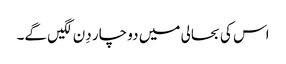
اس کی بحالی میں دو چار دِن لگیں گے۔